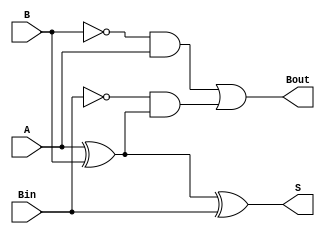
module full_subtractor (
    input A,        // Subtrahend
    input B,        // Minuend
    input Bin,      // Borrow input
    output reg S,   // Difference
    output reg Bout // Borrow output
);

always @ (A or B or Bin) begin
    S = A ^ B ^ Bin;   // Calculate difference using XOR gates
    Bout = (~B & A) | (~Bin & (A ^ B));    // Calculate borrow output
end

endmodule